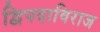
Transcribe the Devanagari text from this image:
द्विपदाविराज